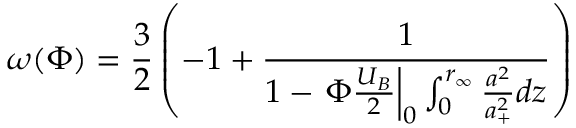
\omega ( \Phi ) = \frac { 3 } { 2 } \left( - 1 + \frac { 1 } { 1 - \left. \Phi \frac { U _ { B } } { 2 } \right| _ { 0 } \int _ { 0 } ^ { r _ { \infty } } \frac { a ^ { 2 } } { a _ { + } ^ { 2 } } d z } \right)